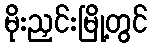
မိုးညှင်းမြို့တွင်